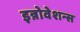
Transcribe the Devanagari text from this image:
इन्नोवेशन्स